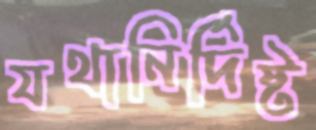
যথানির্দিষ্ট